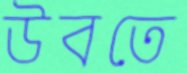
উবতে